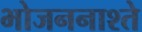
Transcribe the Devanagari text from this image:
भोजननाश्ते